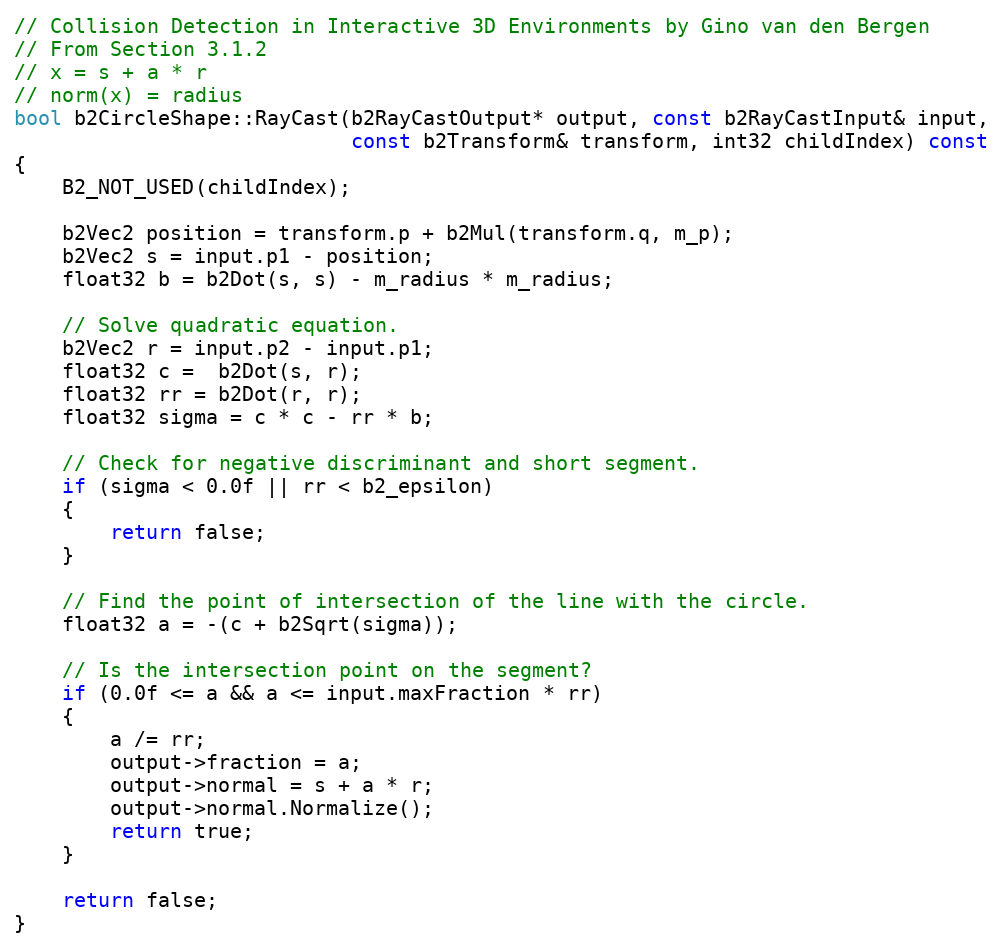
Language: C++
// Collision Detection in Interactive 3D Environments by Gino van den Bergen
// From Section 3.1.2
// x = s + a * r
// norm(x) = radius
bool b2CircleShape::RayCast(b2RayCastOutput* output, const b2RayCastInput& input,
							const b2Transform& transform, int32 childIndex) const
{
	B2_NOT_USED(childIndex);

	b2Vec2 position = transform.p + b2Mul(transform.q, m_p);
	b2Vec2 s = input.p1 - position;
	float32 b = b2Dot(s, s) - m_radius * m_radius;

	// Solve quadratic equation.
	b2Vec2 r = input.p2 - input.p1;
	float32 c =  b2Dot(s, r);
	float32 rr = b2Dot(r, r);
	float32 sigma = c * c - rr * b;

	// Check for negative discriminant and short segment.
	if (sigma < 0.0f || rr < b2_epsilon)
	{
		return false;
	}

	// Find the point of intersection of the line with the circle.
	float32 a = -(c + b2Sqrt(sigma));

	// Is the intersection point on the segment?
	if (0.0f <= a && a <= input.maxFraction * rr)
	{
		a /= rr;
		output->fraction = a;
		output->normal = s + a * r;
		output->normal.Normalize();
		return true;
	}

	return false;
}